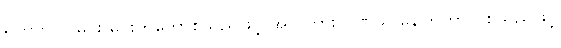
ရှိတာပါပဲ၊ မင်း မင်းကတော်စသည်ဖြင့် အလကား ဂုဏ်ယူ နေကြတာပဲ စသည်ဖြင့်